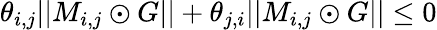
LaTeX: \theta_{i,j}||M_{i,j}\odot G||+\theta_{j,i}||M_{i,j}\odot G||\leq 0